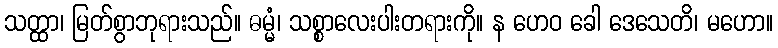
သတ္ထာ၊ မြတ်စွာဘုရားသည်။ ဓမ္မံ၊ သစ္စာလေးပါးတရားကို။ န ဟေဝ ခေါ ဒေသေတိ၊ မဟော။